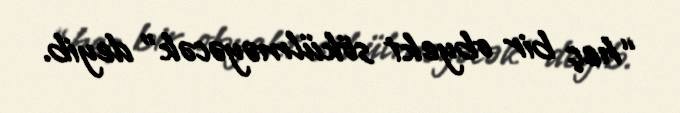
“heç bir obyekt sökülməyəcək” deyib.